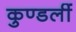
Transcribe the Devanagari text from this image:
कुण्डलीं